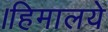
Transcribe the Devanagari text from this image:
।हिमालये